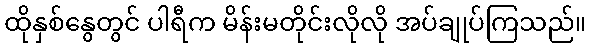
ထိုနှစ်နွေတွင် ပါရီက မိန်းမတိုင်းလိုလို အပ်ချုပ်ကြသည်။